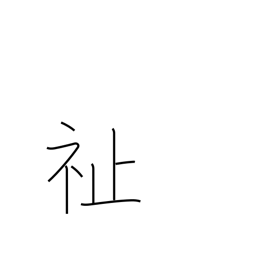
Meaning: welfare